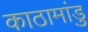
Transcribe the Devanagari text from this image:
काठामांडु